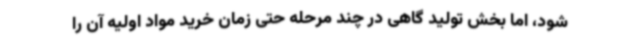
شود، اما بخش تولید گاهی در چند مرحله حتی زمان خرید مواد اولیه آن را